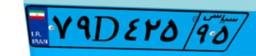
۷۹D۴۲۵۹۵